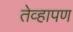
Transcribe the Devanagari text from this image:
तेव्हापण